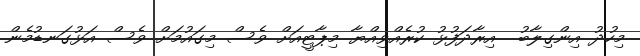
މިހުދު އިންގިލާބު  އިރާދަފުޅު ކުރެއްވިއްޔާ މިޕާޓީއަށް ވެސް މިގައުމަށް ވެސް އަޅުގަނޑުމެން